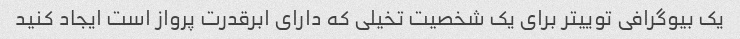
یک بیوگرافی توییتر برای یک شخصیت تخیلی که دارای ابرقدرت پرواز است ایجاد کنید